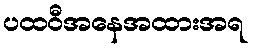
ပထဝီအနေအထားအရ